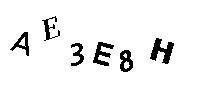
AE3E8H